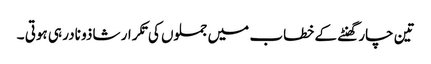
تین چار گھنٹے کے خطاب میں جملوں کی تکرار شاذو نادر ہی ہوتی ۔